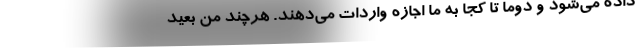
داده می‌شود و دوما تا کجا به ما اجازه واردات می‌دهند. هرچند من بعید